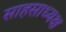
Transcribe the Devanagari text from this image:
साहसाध्यक्ष